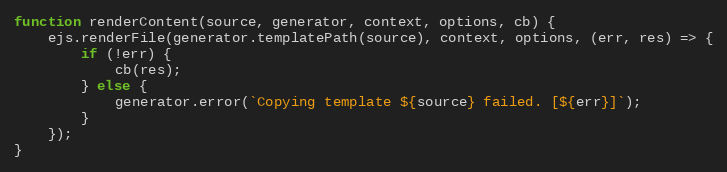
Language: JavaScript
function renderContent(source, generator, context, options, cb) {
    ejs.renderFile(generator.templatePath(source), context, options, (err, res) => {
        if (!err) {
            cb(res);
        } else {
            generator.error(`Copying template ${source} failed. [${err}]`);
        }
    });
}